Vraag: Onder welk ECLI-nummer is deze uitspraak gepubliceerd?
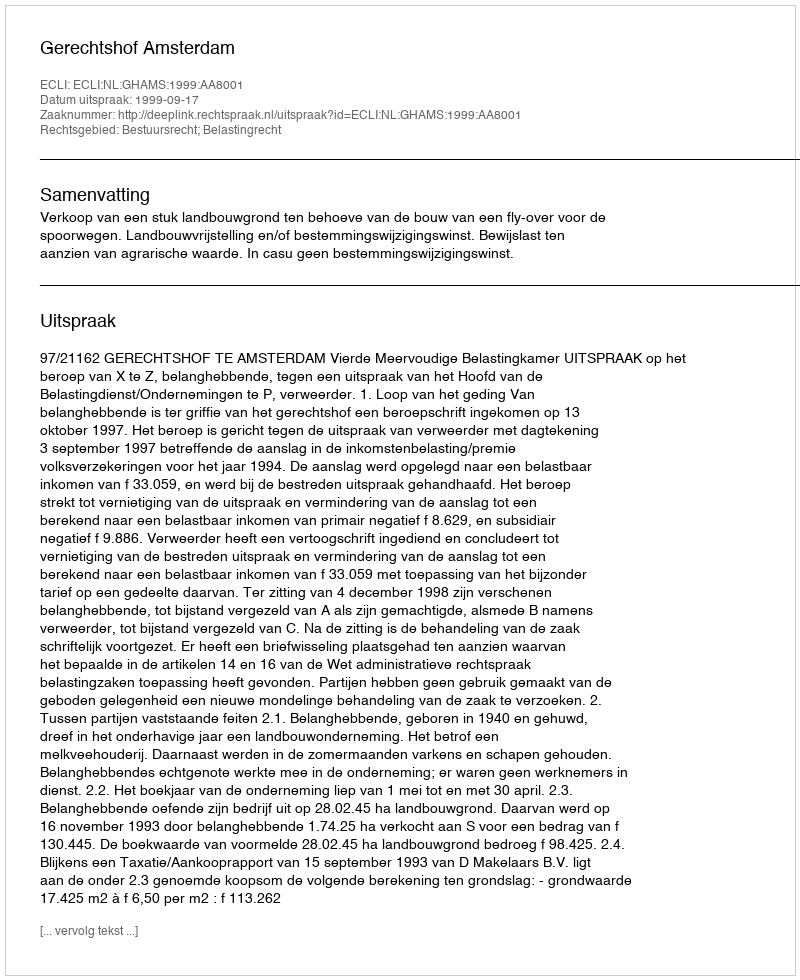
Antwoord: ECLI:NL:GHAMS:1999:AA8001